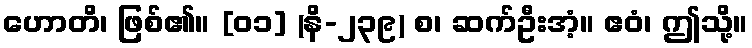
ဟောတိ၊ ဖြစ်၏။ [၀၁] (နိ-၂၃၉) စ၊ ဆက်ဦးအံ့။ ဧဝံ၊ ဤသို့။